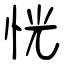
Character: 恍